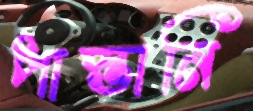
পাস্তানি